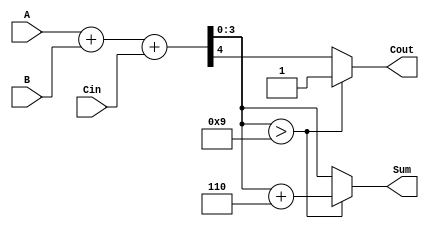
module BCD_Asynchronous_Adder (
    input  [3:0] A,      // First BCD digit input
    input  [3:0] B,      // Second BCD digit input
    input        Cin,     // Carry input
    output reg [3:0] Sum, // BCD result of the addition
    output reg Cout       // Carry output
);

    // Internal wire for the binary sum
    wire [4:0] S; // 5-bit sum to accommodate carry
    assign S = A + B + Cin; // Perform binary addition

    always @(*) begin
        // Default values
        Sum = 4'b0000;
        Cout = 1'b0;

        // Check if the sum is a valid BCD digit
        if (S[3:0] > 4'b1001) begin
            // If the sum is greater than 9, apply BCD correction
            Sum = S[3:0] + 4'b0110; // Add 6 to correct
            Cout = 1'b1; // Set carry out
        end else begin
            // If the sum is valid, just assign it
            Sum = S[3:0];
            Cout = S[4]; // Carry out from the binary addition
        end
    end

endmodule